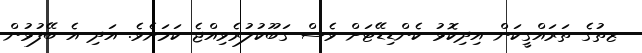
ޒތުގެ ތަރައްގީކަން އިދިކޮޅު ކެންޑިޑޭޓަށް ވެސް ގަބޫކުލުރެވިއްޖެ ކަމަށެވެ. އަދި އެ ބޭފުޅުން